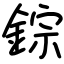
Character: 錝